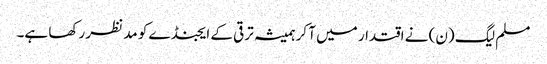
مسلم لیگ (ن) نے اقتدار میں آ کر ہمیشہ ترقی کے ایجنڈے کو مد نظر رکھا ہے۔